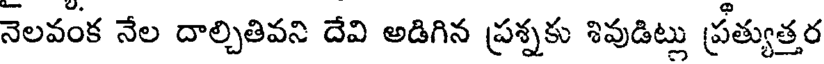
నెలవంక నేల దాల్చితివని దేవి అడిగిన ప్రశ్నకు శివుడిట్లు ప్రత్యుత్తర